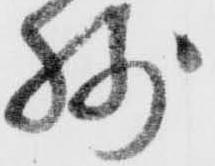
残